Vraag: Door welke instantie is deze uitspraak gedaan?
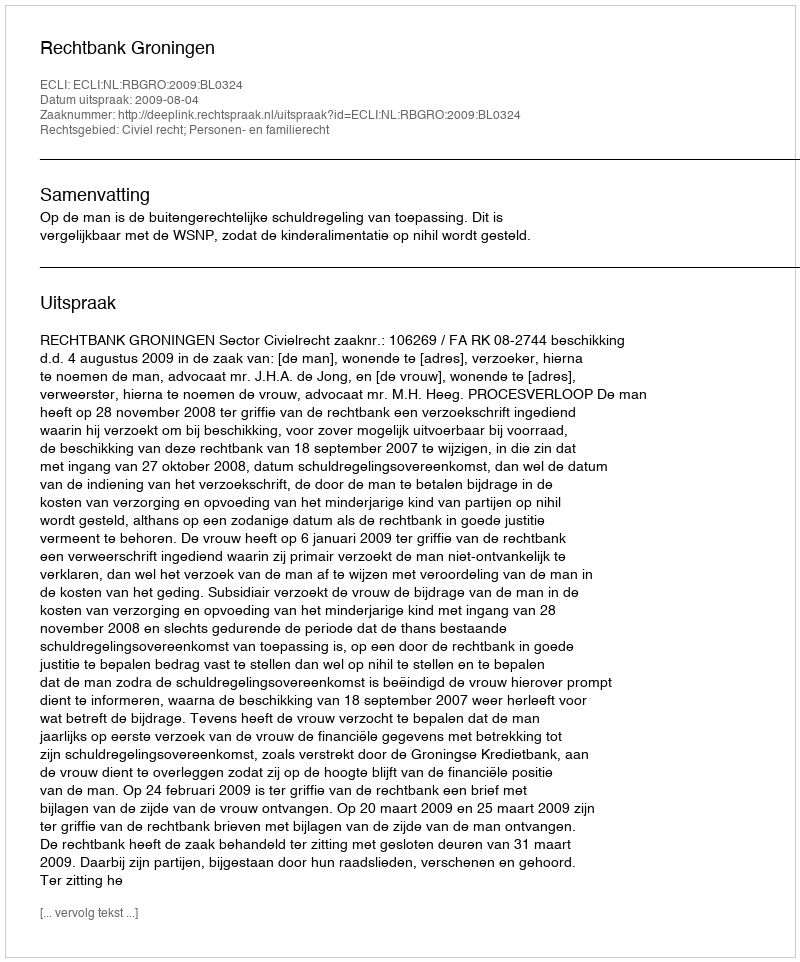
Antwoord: Rechtbank Groningen